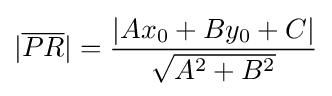
|{\overline {PR}}|={\frac {|Ax_{0}+By_{0}+C|}{\sqrt {A^{2}+B^{2}}}}